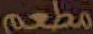
مطعم